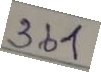
361